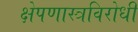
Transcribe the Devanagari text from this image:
क्षेपणास्त्रविरोधी